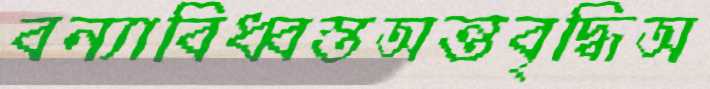
বন্যাবিধ্বস্তঅন্তবৃদ্ধিঅ